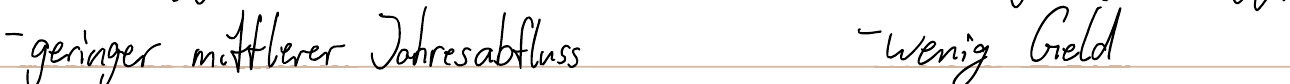
- geringer mittlerer Jahresabfluss   - wenig Geld